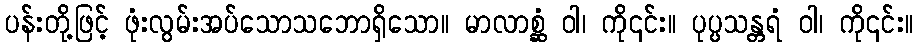
ပန်းတို့ဖြင့် ဖုံးလွမ်းအပ်သောသဘောရှိသော။ မာလာစ္ဆံ ဝါ၊ ကို၎င်း။ ပုပ္ပသန္တရံ ဝါ၊ ကို၎င်း။